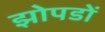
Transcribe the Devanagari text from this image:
झोपडों